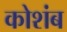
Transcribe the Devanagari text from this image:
कोशंब